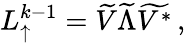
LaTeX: \begin{array}{r}{L_{\uparrow}^{k-1}=\widetilde{V}\widetilde{\Lambda}\widetilde{V^{*}}\, ,}\end{array}